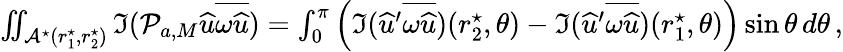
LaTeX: \begin{array}{r}{\iint_{\mathcal{A}^{\star}(r_{1}^{\star},r_{2}^{\star})}\mathfrak{I}(\mathcal{P}_{a,M}{\widehat{u}}\overline{{\omega{\widehat{u}}}})=\int_{0}^{\pi}\left(\mathfrak{I}({\widehat{u}}^{\prime}\overline{{\omega{\widehat{u}}}})(r_{2}^{\star},\theta)-\mathfrak{I}({\widehat{u}}^{\prime}\overline{{\omega{\widehat{u}}}})(r_{1}^{\star},\theta)\right)\sin\theta\, d\theta\, ,}\end{array}